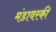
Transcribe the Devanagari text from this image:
मंडावरकी